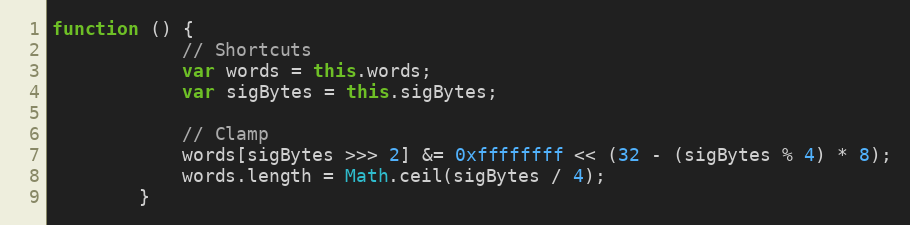
Language: JavaScript
function () {
            // Shortcuts
            var words = this.words;
            var sigBytes = this.sigBytes;

            // Clamp
            words[sigBytes >>> 2] &= 0xffffffff << (32 - (sigBytes % 4) * 8);
            words.length = Math.ceil(sigBytes / 4);
        }